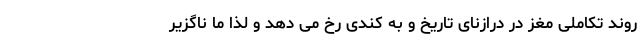
روند تکاملی مغز در درازنای تاریخ و به کندی رخ می دهد و لذا ما ناگزیر